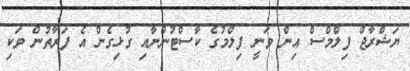
ޔަޝްރާޖް ފިލްމްސް އިން ވަނީ ފިލްމުގެ ކާސްޓުންނާއި ގުޅިގެން އެ ފަރާތުން ވަކި